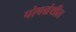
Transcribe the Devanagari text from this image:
पोषग्रंथीत